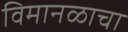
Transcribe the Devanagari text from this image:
विमानळाचा